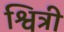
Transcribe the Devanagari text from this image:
श्वित्री